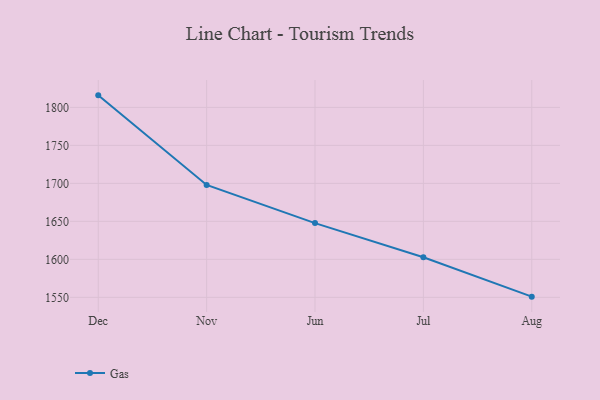
{"axis": {"x": "Month", "y": "Website Visitors"}, "legend": ["Gas"], "data": [{"x": "Dec", "y": 1815.8, "type": "Gas"}, {"x": "Nov", "y": 1697.9, "type": "Gas"}, {"x": "Jun", "y": 1647.7, "type": "Gas"}, {"x": "Jul", "y": 1602.8, "type": "Gas"}, {"x": "Aug", "y": 1550.9, "type": "Gas"}]}